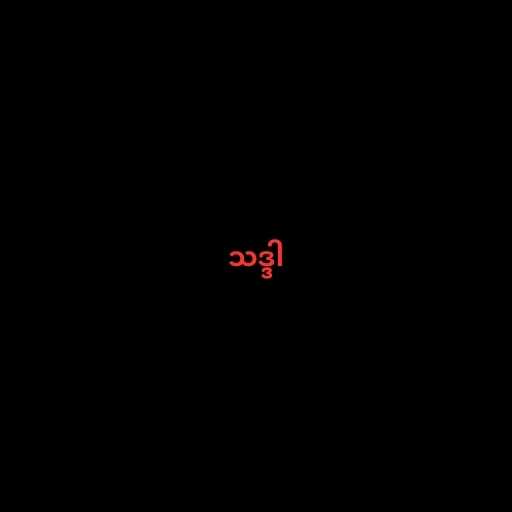
သဒ္ဒါ